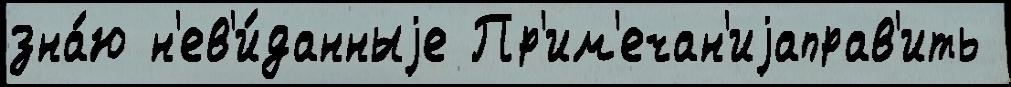
зна́ю н'ев'и́данныjе Пр'им'ечан'иjаправ'ить